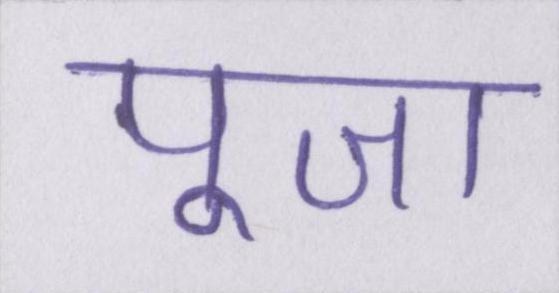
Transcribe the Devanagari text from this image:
पूजा